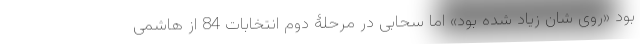
بود «روی شان زیاد شده بود» اما سحابی در مرحلۀ دوم انتخابات 84 از هاشمی